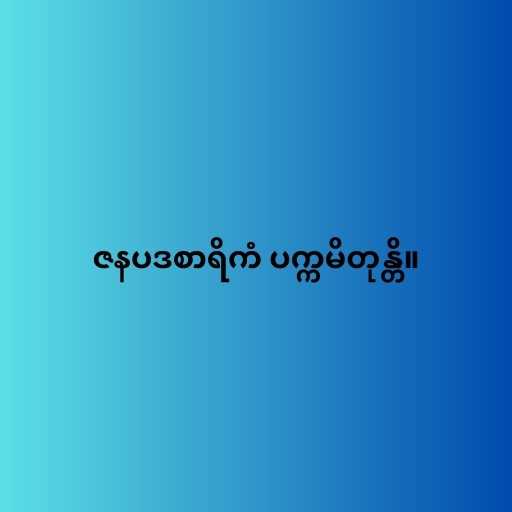
ဇနပဒစာရိကံ ပက္ကမိတုန္တိ။